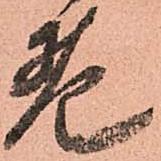
老